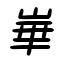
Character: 崋